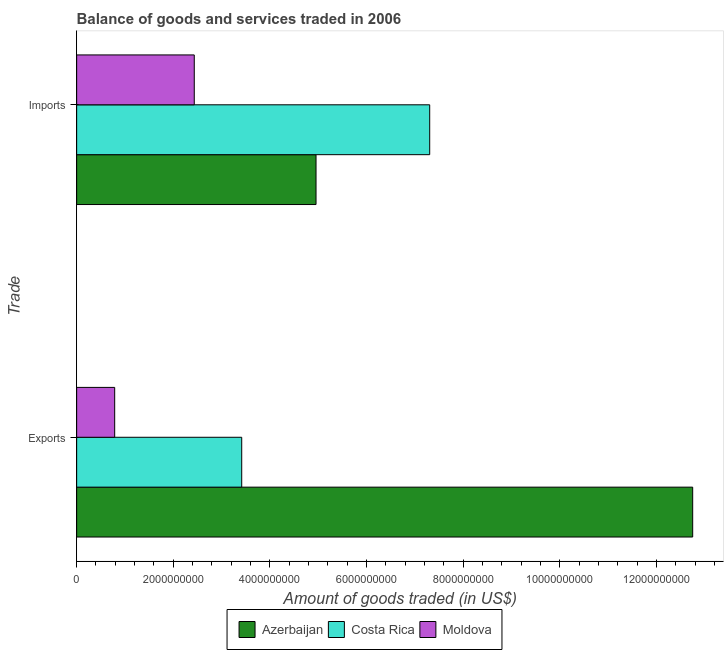
| Trade | Azerbaijan | Costa Rica | Moldova |
 | --- | --- | --- | --- |
 | Exports | 1.27e+10 | 3.42e+09 | 7.87e+08 |
 | Imports | 4.95e+09 | 7.31e+09 | 2.43e+09 |